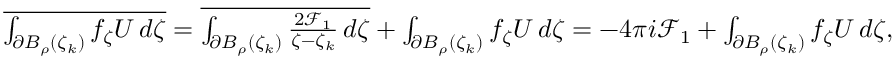
\begin{array} { r } { \overline { { \int _ { \partial B _ { \rho } ( \zeta _ { k } ) } f _ { \zeta } U \, d \zeta } } = \overline { { \int _ { \partial B _ { \rho } ( \zeta _ { k } ) } \frac { 2 \mathcal { F } _ { 1 } } { \zeta - \zeta _ { k } } \, d \zeta } } + \int _ { \partial B _ { \rho } ( \zeta _ { k } ) } f _ { \zeta } U \, d \zeta = - 4 \pi i \mathcal { F } _ { 1 } + \int _ { \partial B _ { \rho } ( \zeta _ { k } ) } f _ { \zeta } U \, d \zeta , } \end{array}